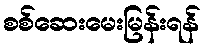
စစ်ဆေးမေးမြန်းရန်